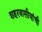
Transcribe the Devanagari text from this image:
शहरवासीयांची